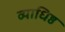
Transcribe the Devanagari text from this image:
व्याधिष्ठ